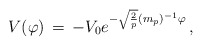
\begin{align*}V(\varphi) \, = \, - V_0 e^{- \sqrt{2 \over p}(m_p)^{-1} \varphi} \, ,\end{align*}